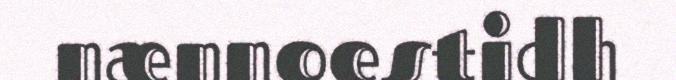
nænnoestidh